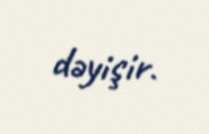
dəyişir.